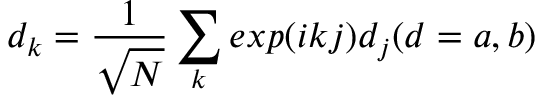
d _ { k } = \frac { 1 } { \sqrt { N } } \sum _ { k } e x p ( i k j ) d _ { j } ( d = a , b )